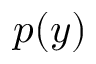
p ( y )